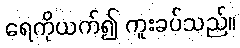
ရေကိုယက်၍ ကူးခပ်သည်။